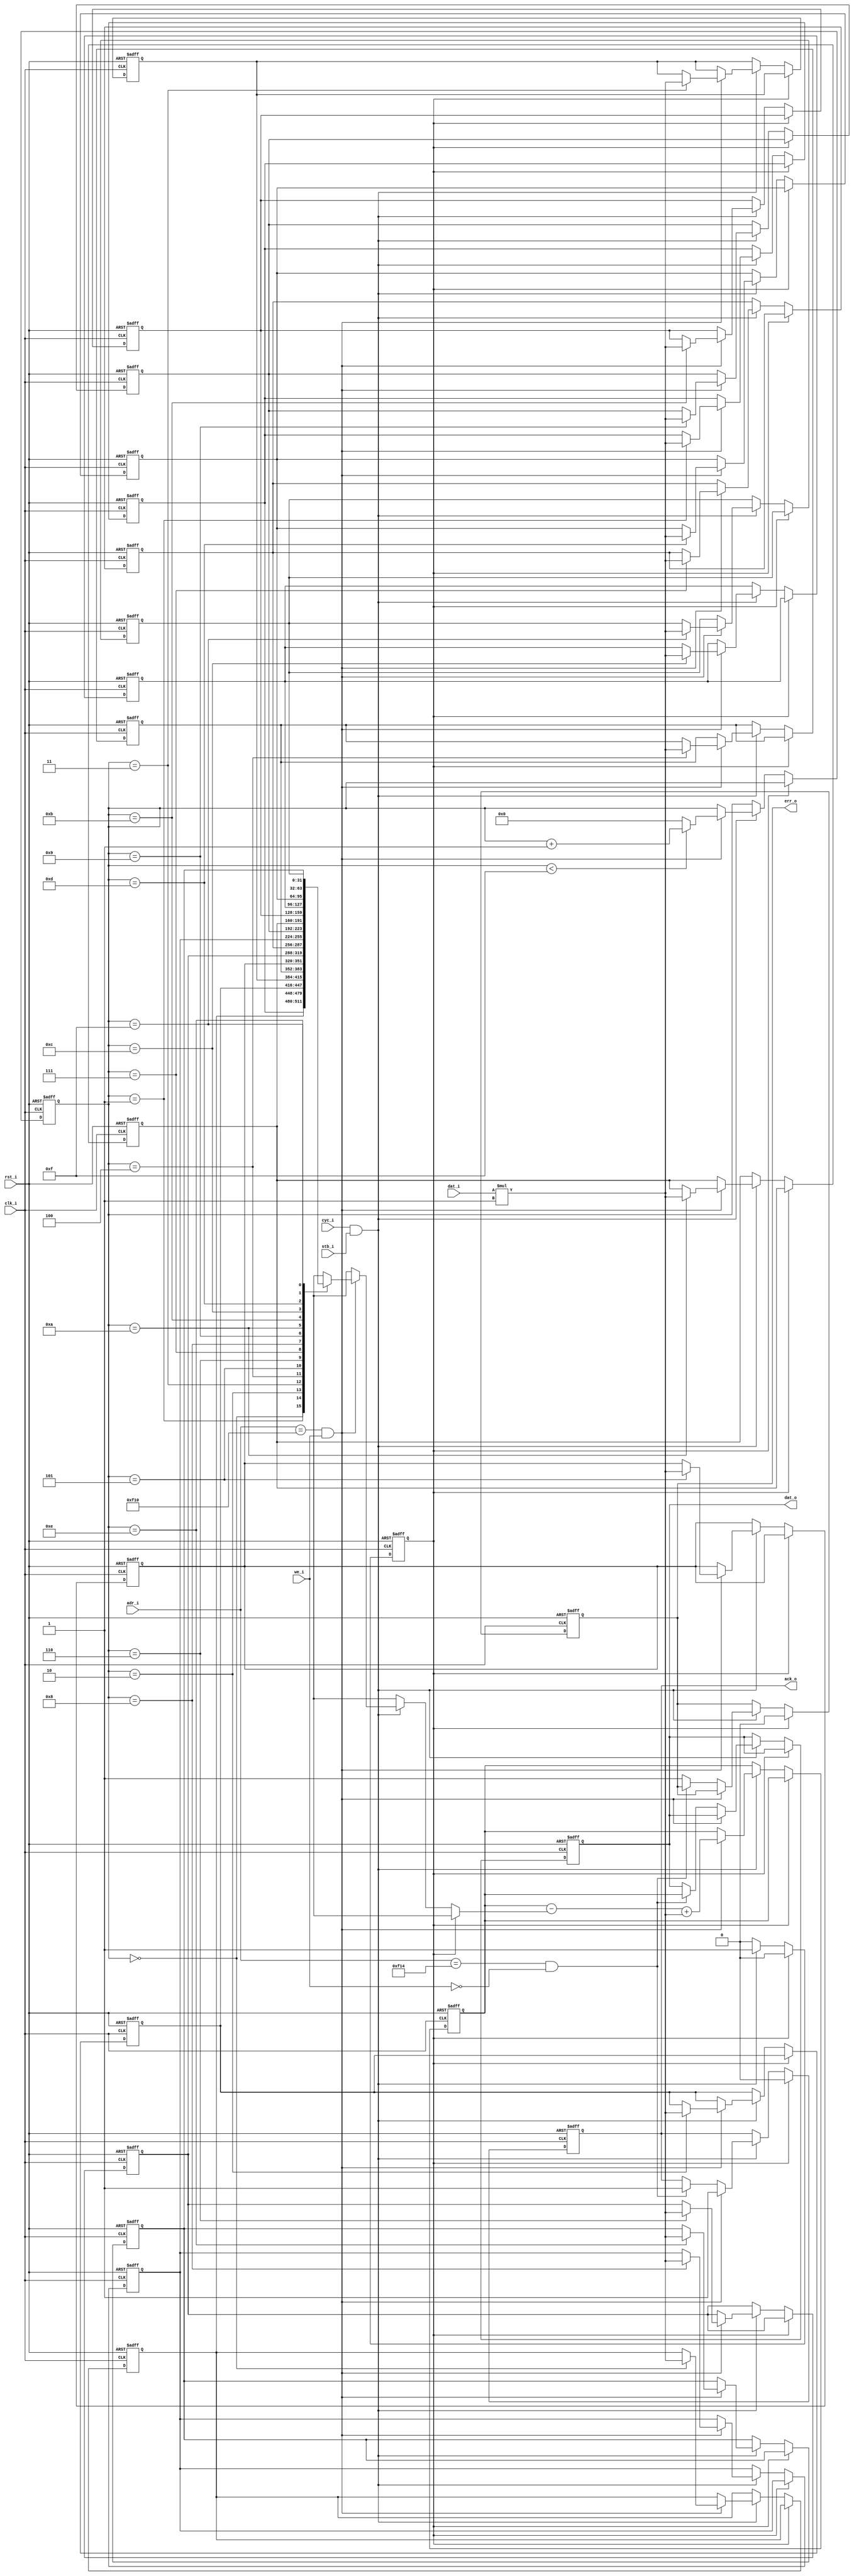
module wb_sum_buffer #(
    parameter                              BUFFER_SIZE      = 16,    // How much buffer is allocated for both directions.
    parameter                              ADDR_WIDTH       = 16,    // The width of the address.
    parameter                              DATA_WIDTH       = 32,    // The width of the both transferred and inputted data.
    parameter                              BASE_ADDRESS     = 'h0F00,    // The first referred address of the master.
    parameter                              BUFFER_INDEX_WIDTH = $clog2(BUFFER_SIZE),    // How many bits are needed to index the buffer.
    parameter                              COLUMN_WIDTH     = 1    // Width of each column in sum.
) (
    // Interface: wb_slave
    input          [ADDR_WIDTH-1:0]     adr_i,    // The address of the data.
    input                               cyc_i,    // Asserted by master for transfer.
    input          [DATA_WIDTH-1:0]     dat_i,    // Data from master to slave.
    input                               stb_i,    // Asserted, when this specific slave is selected.
    input                               we_i,    // Write = 1, Read = 0.
    output reg                          ack_o,    // Slave asserts acknowledge.
    output reg     [DATA_WIDTH-1:0]     dat_o,    // Data from slave to master.
    output reg                          err_o,    // Indicates abnormal cycle termination.

    // Interface: wb_system
    input                               clk_i,    // The mandatory clock, as this is synchronous logic.
    input                               rst_i    // The mandatory reset, as this is synchronous logic.
);

// WARNING: EVERYTHING ON AND ABOVE THIS LINE MAY BE OVERWRITTEN BY KACTUS2!!!

    // The contained buffer.
    reg [DATA_WIDTH-1:0] memory [BUFFER_SIZE-1:0];
    
    // The result of the operation.
    reg [DATA_WIDTH-1:0] result;
    
    // The position of the next input data.
    reg [BUFFER_INDEX_WIDTH-1:0] index;
    
    // Addressable unit bits.
    localparam AUB = 8;
    // How many AUBs come in each input and output.
    localparam AU_IN_DATA = DATA_WIDTH/AUB;

    // The state.
    reg [0:0] state;
    
    // The value that was previously in the current index.
    integer lastValue;
    // The value that will be in the current index.
    integer newValue;
    
    // Used to iterate the buffer.
    integer iterator;
    
    // The available states.
    parameter [0:0]
        S_WAIT      = 1'd0, // Waiting for cyc_i & stb_i
        S_DEASSERT  = 1'd1; // Deassert acknowledgement.

    always @(posedge clk_i or posedge rst_i) begin
        if(rst_i == 1'b1) begin
            ack_o <= 0; // Obviously, there is nothing to acknowledge by default.
            dat_o <= 0; // No output by default.
            err_o <= 0; // No error by default.
            state <= S_WAIT; // Wait signals from the masters at reset.
            result <= 0;
            index <= 0;
            
            // The buffer is zeroed in reset.
            for (iterator = 0; iterator < BUFFER_SIZE; iterator = iterator +1) begin
                memory[iterator] <= 0;
            end
        end
        else begin
            if (state == S_WAIT) begin
                // Wait signal from the master.
                if ( cyc_i == 1 && stb_i == 1 ) begin
                    // Master ok, check the address.
                    if (adr_i == BUFFER_SIZE+BASE_ADDRESS && we_i == 1) begin
                        // Address of the new value.
                        ack_o <= 1;
                        
                        // Memorize for while what the new value will replace.
                        lastValue = memory[index];
                        
                        // The new value. Values may be scaled if so desired.
                        newValue = dat_i * COLUMN_WIDTH;
                        
                        // Place the value in the correct index.
                        memory[index] <= newValue;
                        
                        // The result of the sum: Remove the replaced value, add the new value.
                        result <= result - lastValue + newValue;
                        
                        // Step to the next index, which will be zero if the current index is the last.
                        if (index < BUFFER_SIZE-1) begin
                            index <= index + 1;
                        end
                        else begin
                            index <= 0;
                        end
                    end
                    else if (adr_i == BUFFER_SIZE+BASE_ADDRESS+AU_IN_DATA && we_i == 0) begin
                        // Address of the result was read, so output it.
                        ack_o <= 1;
                        dat_o = result;
                    end
                    else begin
                        // The specified address out-of-scope -> error!
                        err_o <= 1;
                    end
                
                    // Next thing is to deassert.
                    state <= S_DEASSERT;
                end
            end
            else if (state == S_DEASSERT) begin
                // Deassert acknowlegement, get ready to receive next one.
                ack_o <= 0;
                err_o <= 0;
                state <= S_WAIT;
            end
            else
                $display("ERROR: Unkown state: %d", state);
        end
    end
endmodule